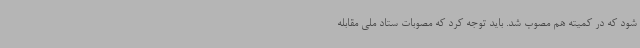
شود که در کمیته هم مصوب شد. باید توجه کرد که مصوبات ستاد ملی مقابله